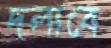
দলাবে